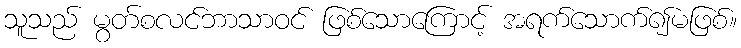
သူသည် မွတ်စလင်ဘာသာဝင် ဖြစ်သောကြောင့် အရက်သောက်၍မဖြစ်။